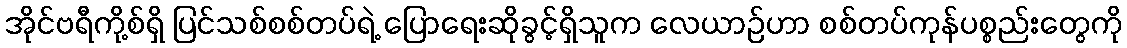
အိုင်ဗရီကို့စ်ရှိ ပြင်သစ်စစ်တပ်ရဲ့ ပြောရေးဆိုခွင့်ရှိသူက လေယာဉ်ဟာ စစ်တပ်ကုန်ပစ္စည်းတွေကို